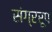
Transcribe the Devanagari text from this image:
संग्ररूप